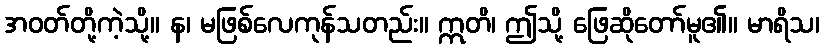
အဝတ်တို့ကဲ့သို့။ န၊ မဖြစ်လေကုန်သတည်း။ ဣတိ၊ ဤသို့ ဖြေဆိုတော်မူ၏။ မာရိသ၊